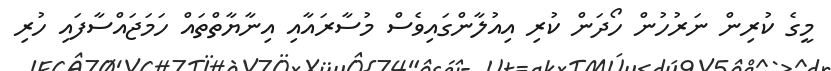
މީގެ ކުރިން ނަރުހުން ހޯދަން ކުރި އިއުލާންގައިވެސް މުސާރައާއި އިނާޔާތްތައް ހަަމަޖައްސާފައި ހުރި